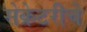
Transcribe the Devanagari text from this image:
सेक्रेटरीचे